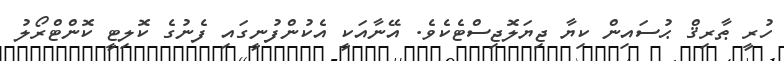
ހުރީ ޠާރިޤް ޙުސައިން ކިޔާ ޖިޔަލޮޖިސްޓެކެވެ. އޭނާއަކީ އެކުންފުނީގައި ފެނުގެ ކޮލިޓީ ކޮންޓްރޯލު